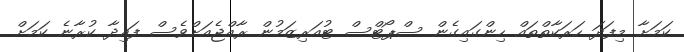
ކަމަށާ މިފަދަ ހަރަކާތްތައް ހިންގައިގެން ސްޕޯޓްސް ޓުއަރިޒަމުން ރާއްޖެއަށްވެސް ފައިދާ ކުރާނެ ކަމަށް